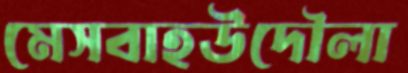
মেসবাহউদৌলা